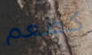
كطعم